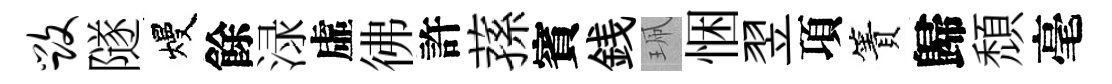
毁隧熳餘渌虛彿許蓀賓銭珮悃翌項簀歸頽毫